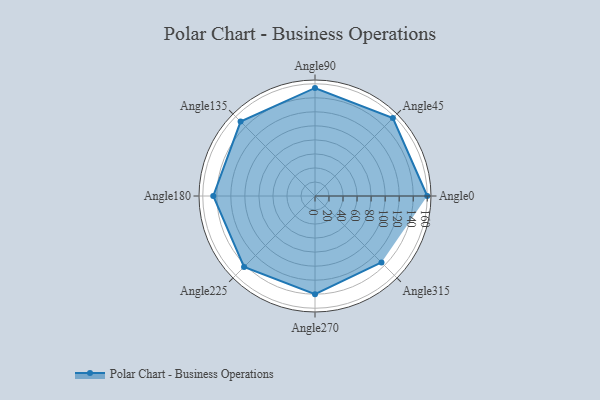
{"axis": {"x": "Angle", "y": "Radius"}, "legend": [""], "data": [{"x": "Angle0", "y": 160.0, "type": ""}, {"x": "Angle45", "y": 157.0, "type": ""}, {"x": "Angle90", "y": 154.0, "type": ""}, {"x": "Angle135", "y": 150.0, "type": ""}, {"x": "Angle180", "y": 145.0, "type": ""}, {"x": "Angle225", "y": 143.0, "type": ""}, {"x": "Angle270", "y": 140.0, "type": ""}, {"x": "Angle315", "y": 134.0, "type": ""}]}